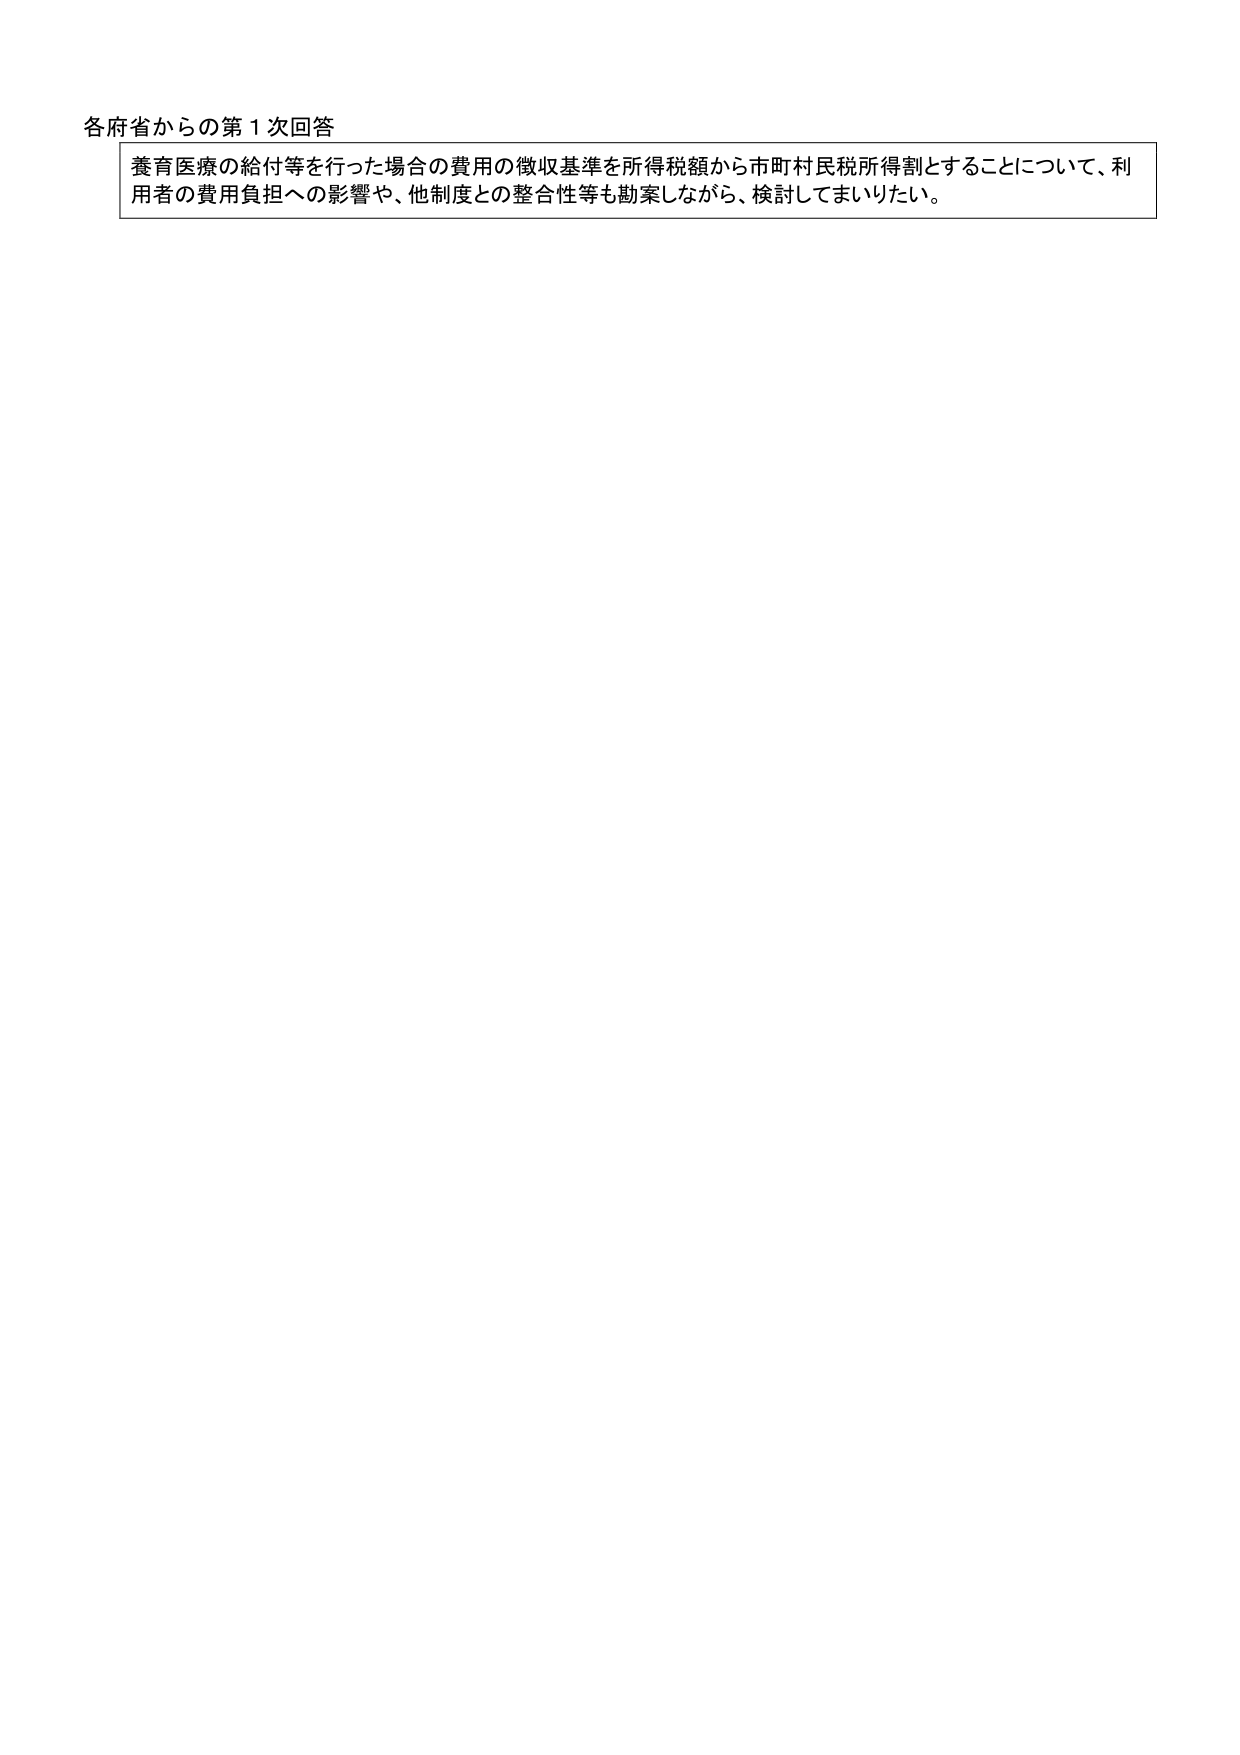
各府省からの第１次回答
養育医療の給付等を行った場合の費用の徴収基準を所得税額から市町村民税所得割とすることについて、利用者の費用負担への影響や、他制度との整合性等も勘案しながら、検討してまいりたい。